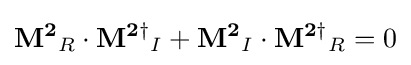
\mathbf {M^{2}} _{R}\cdot \mathbf {M^{2\dagger }} _{I}+\mathbf {M^{2}} _{I}\cdot \mathbf {M^{2\dagger }} _{R}=0